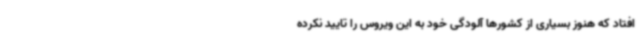
افتاد که هنوز بسیاری از کشورها آلودگی خود به این ویروس را تایید نکرده